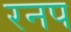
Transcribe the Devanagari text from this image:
रनप